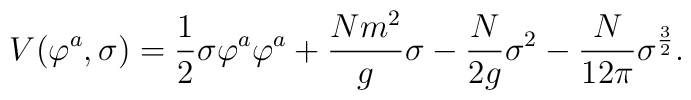
V(\varphi^a, \sigma)={1 \over 2}\sigma\varphi^a\varphi^a+{Nm^2 \over g}\sigma-{N \over 2g}\sigma^2-{N \over 12\pi}\sigma^{3 \over 2}.